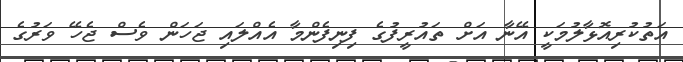
އަތުކުރިއޮޅާލުމަކީ އޭނާ އަށް ތައުރީފުގެ ފިނިފެންމާ އެއްލައި ޖަހަން ވެސް ޖެހޭ ވަރުގެ